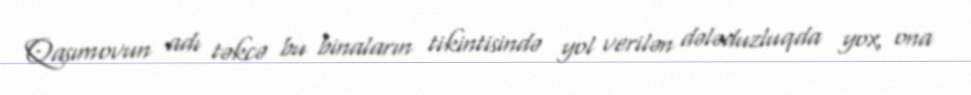
Qasımovun adı təkcə bu binaların tikintisində yol verilən dələduzluqda yox, ona